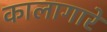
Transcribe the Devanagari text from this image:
कालागारे